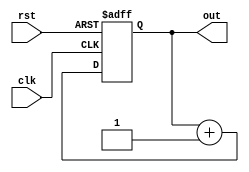
module counter10(clk, rst, out);
    input clk, rst;
    output reg [9:0] out;

    always @(posedge clk or posedge rst) begin
        if (rst == 1'b1)
            out <= 10'b0000000000;
        else
            out <= out + 10'b0000000001;
    end
endmodule